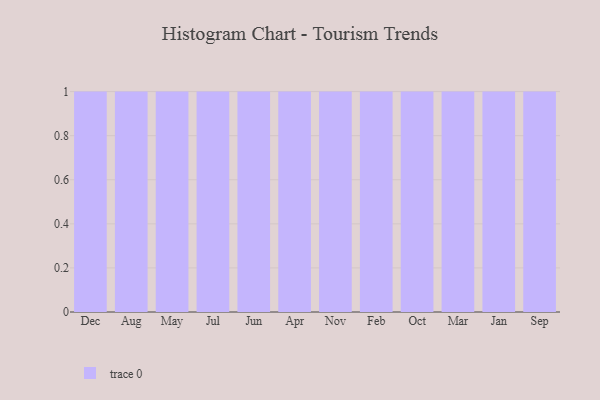
{"axis": {"x": "Month", "y": "Active Users"}, "legend": [""], "data": [{"x": "Dec", "y": 59, "type": ""}, {"x": "Aug", "y": 78, "type": ""}, {"x": "May", "y": 24, "type": ""}, {"x": "Jul", "y": 69, "type": ""}, {"x": "Jun", "y": 100, "type": ""}, {"x": "Apr", "y": 83, "type": ""}, {"x": "Nov", "y": 24, "type": ""}, {"x": "Feb", "y": 75, "type": ""}, {"x": "Oct", "y": 60, "type": ""}, {"x": "Mar", "y": 18, "type": ""}, {"x": "Jan", "y": 84, "type": ""}, {"x": "Sep", "y": 65, "type": ""}]}